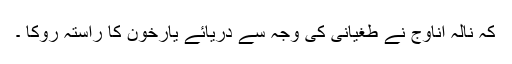
کہ نالہ اُناوج نے طغیانی کی وجہ سے دریائے یارخون کا راستہ روکا ۔